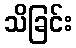
သိခြင်း